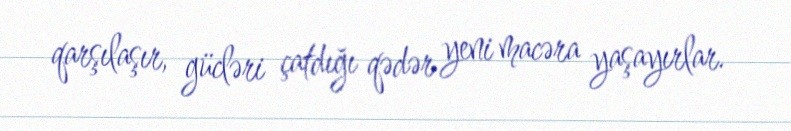
qarşılaşır, gücləri çatdığı qədər yeni macəra yaşayırlar.